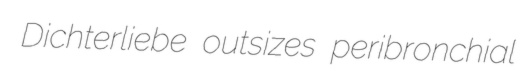
Dichterliebe outsizes peribronchial